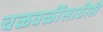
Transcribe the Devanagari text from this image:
चळवळींसाठीही